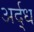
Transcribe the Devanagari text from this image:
अर्द्‌ध